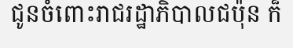
ជូនចំពោះរាជរដ្ឋាភិបាលជប៉ុន ក៏